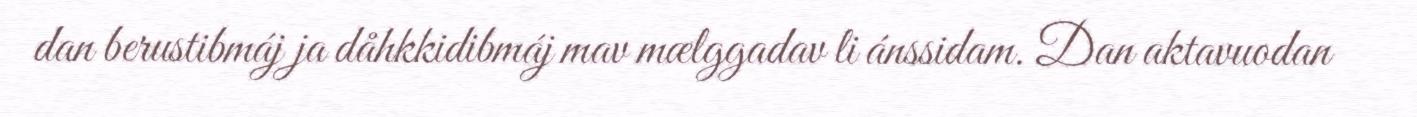
dan berustibmáj ja dåhkkidibmáj mav mælggadav li ánssidam. Dan aktavuodan